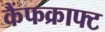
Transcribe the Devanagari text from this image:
कैंफक्राफ्ट